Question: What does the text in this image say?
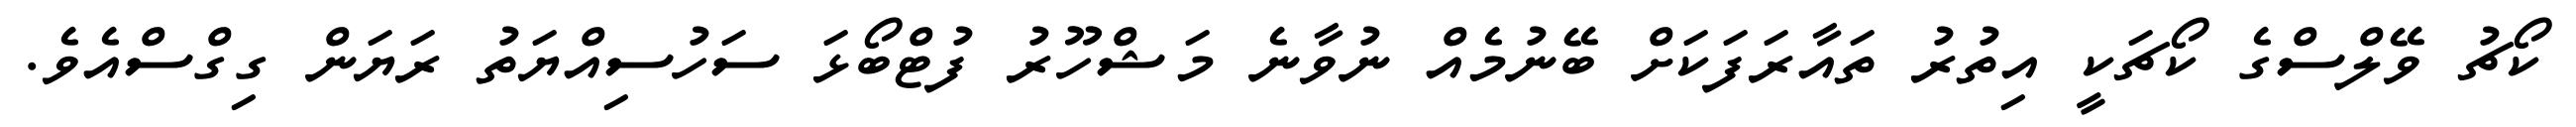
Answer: ކޯޗު ވޭލްސްގެ ކޯޗަކީ އިތުރު ތައާރަފަކަށް ބޭނުމެއް ނުވާނެ މަޝްހޫރު ފުޓްބޯޅަ ސަހުސިއްޔަތު ރަޔަން ގިގްސްއެވެ.